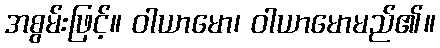
အစွမ်းဖြင့်။ ဝါယာမော၊ ဝါယာမောမည်၏။